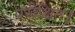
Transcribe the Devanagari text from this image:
परीक्षित।